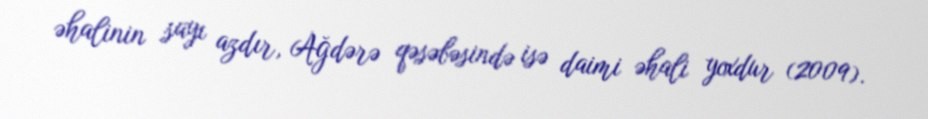
əhalinin sayı azdır, Ağdərə qəsəbəsində isə daimi əhali yoxdur (2009).